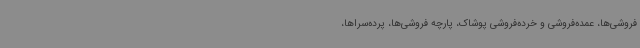
فروشی‌ها، عمده‌فروشی و خرده‌فروشی پوشاک، پارچه فروشی‌ها، پرده‌سراها،